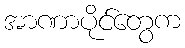
အာဏာပိုင်တွေက